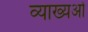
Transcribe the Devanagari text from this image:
व्याख्यओं